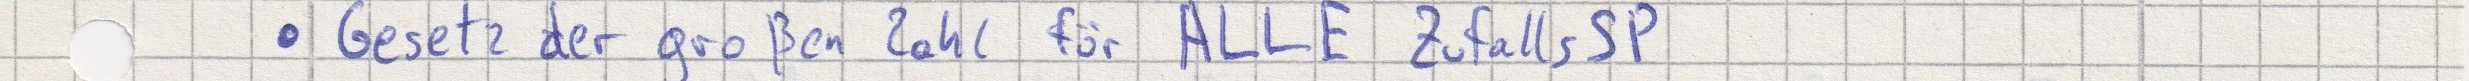
- Gesetz der großen Zahl für ALLE ZufallsSP